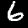
Label: 6